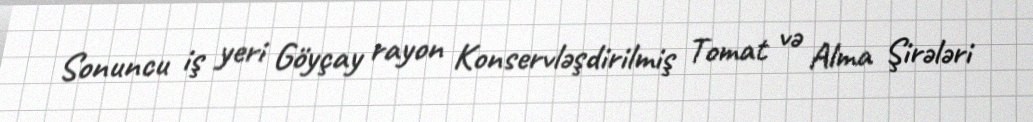
Sonuncu iş yeri Göyçay rayon Konservləşdirilmiş Tomat və Alma Şirələri